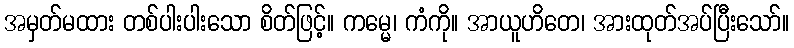
အမှတ်မထား တစ်ပါးပါးသော စိတ်ဖြင့်။ ကမ္မေ၊ ကံကို။ အာယူဟိတေ၊ အားထုတ်အပ်ပြီးသော်။